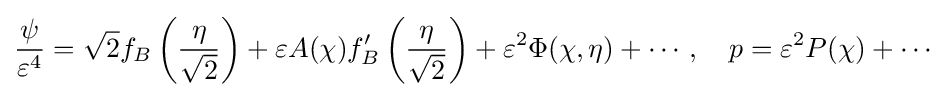
{\frac {\psi }{\varepsilon ^{4}}}={\sqrt {2}}f_{B}\left({\frac {\eta }{\sqrt {2}}}\right)+\varepsilon A(\chi )f_{B}'\left({\frac {\eta }{\sqrt {2}}}\right)+\varepsilon ^{2}\Phi (\chi ,\eta )+\cdots ,\quad p=\varepsilon ^{2}P(\chi )+\cdots